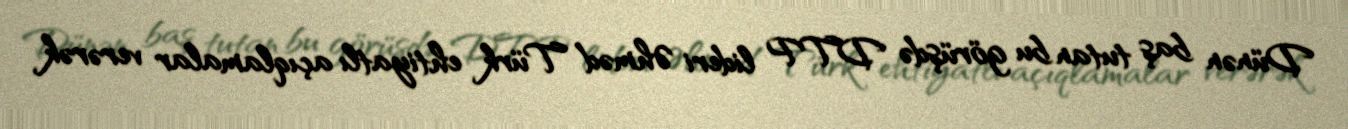
Dünən baş tutan bu görüşdə DTP lideri Əhməd Türk ehtiyatlı açıqlamalar verərək